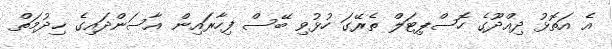
އެ އަތޮޅު ދިއްދޫގެ ހޮސްޕިޓަލް ތެރޭގަ ހުޅުވި ބޭސް ފިހާރައިން އާސަންދައިގެ ޚިދުމަތް